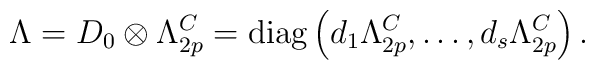
\Lambda =D_0\otimes\Lambda^C_{2p} ={\rm diag}\left(d_1\Lambda^C_{2p},\ldots,d_s\Lambda^C_{2p}\right).